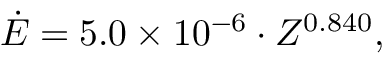
\dot { E } = 5 . 0 \times 1 0 ^ { - 6 } \cdot Z ^ { 0 . 8 4 0 } ,